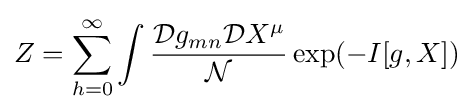
Z=\sum _{h=0}^{\infty }\int {\frac {{\mathcal {D}}g_{mn}{\mathcal {D}}X^{\mu }}{\mathcal {N}}}\exp(-I[g,X])